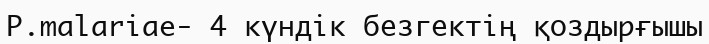
P.malariae- 4 күндік безгектің қоздырғышы